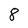
Character: 8